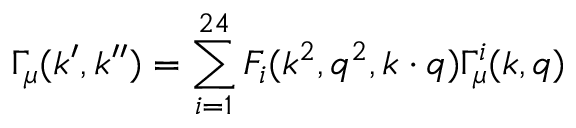
\Gamma _ { \mu } ( k ^ { \prime } , k ^ { \prime \prime } ) = \sum _ { i = 1 } ^ { 2 4 } F _ { i } ( k ^ { 2 } , q ^ { 2 } , k \cdot q ) \Gamma _ { \mu } ^ { i } ( k , q )